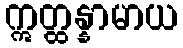
ဣတ္ထန္နာမာယ